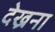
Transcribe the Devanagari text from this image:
देख्रना